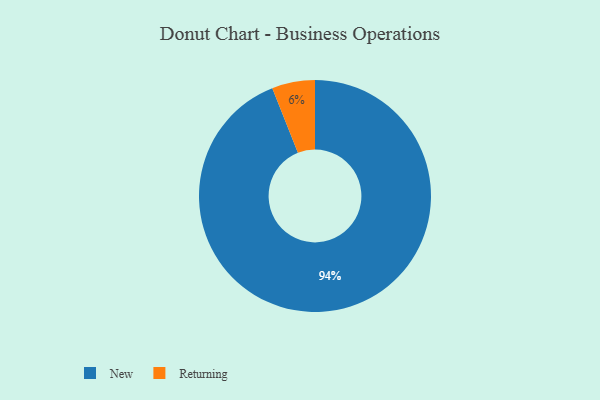
{"axis": {"x": "Category", "y": "Percentage"}, "legend": ["New", "Returning"], "data": [{"x": "Returning", "y": 6, "type": "Returning"}, {"x": "New", "y": 94, "type": "New"}]}